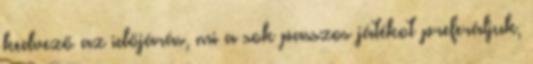
kedvező az időjárás, mi a sok passzos játékot preferáljuk,